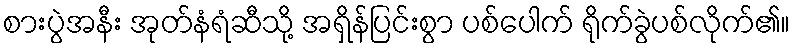
စားပွဲအနီး အုတ်နံရံဆီသို့ အရှိန်ပြင်းစွာ ပစ်ပေါက် ရိုက်ခွဲပစ်လိုက်၏။